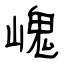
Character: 㟴